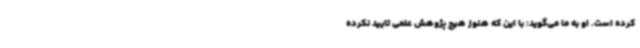
کرده‌ است. او به ما می‌گوید: با این که هنوز هیچ پژوهش علمی تایید نکرده